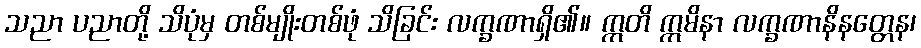
သညာ ပညာတို့ သိပုံမှ တစ်မျိုးတစ်ဖုံ သိခြင်း လက္ခဏာရှိ၏။ ဣတိ ဣမိနာ လက္ခဏာနိနတ္တေန၊